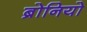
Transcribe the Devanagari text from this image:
ब्रोनियो